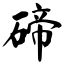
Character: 碲